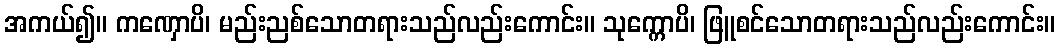
အကယ်၍။ ကဏှောပိ၊ မည်းညစ်သောတရားသည်လည်းကောင်း။ သုက္ကောပိ၊ ဖြူစင်သောတရားသည်လည်းကောင်း။